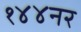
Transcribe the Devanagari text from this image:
१४४नर